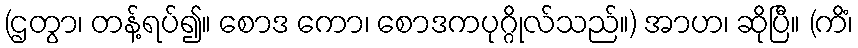
(ဌတွာ၊ တန့်ရပ်၍။ စောဒ ကော၊ စောဒကပုဂ္ဂိုလ်သည်။) အာဟ၊ ဆိုပြီ။ (ကိံ၊